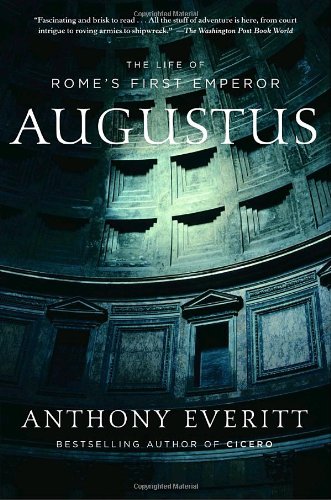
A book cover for Augustus: The Life of Rome's First Emperor; Anthony Everitt; History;